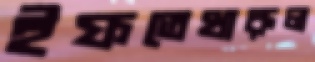
ইফতেখারুল